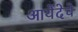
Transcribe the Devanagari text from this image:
आयेंदेचे